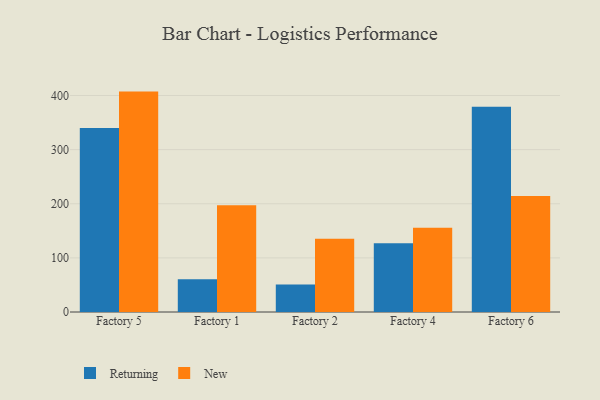
{"axis": {"x": "Factory", "y": "Page Views"}, "legend": ["New", "Returning"], "data": [{"x": "Factory 5", "y": 339.9, "type": "Returning"}, {"x": "Factory 5", "y": 407.2, "type": "New"}, {"x": "Factory 1", "y": 60.6, "type": "Returning"}, {"x": "Factory 1", "y": 197.3, "type": "New"}, {"x": "Factory 2", "y": 50.9, "type": "Returning"}, {"x": "Factory 2", "y": 135.3, "type": "New"}, {"x": "Factory 4", "y": 127.1, "type": "Returning"}, {"x": "Factory 4", "y": 155.8, "type": "New"}, {"x": "Factory 6", "y": 379.3, "type": "Returning"}, {"x": "Factory 6", "y": 214.2, "type": "New"}]}